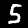
Label: 5